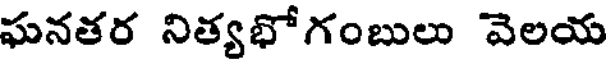
ఘనతర నిత్యభోగంబులు వెలయ